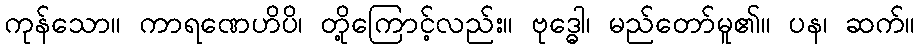
ကုန်သော။ ကာရဏေဟိပိ၊ တို့ကြောင့်လည်း။ ဗုဒ္ဓေါ၊ မည်တော်မူ၏။ ပန၊ ဆက်။